Document type: Sale
Year: 1235
Scribe: Pere de Bages
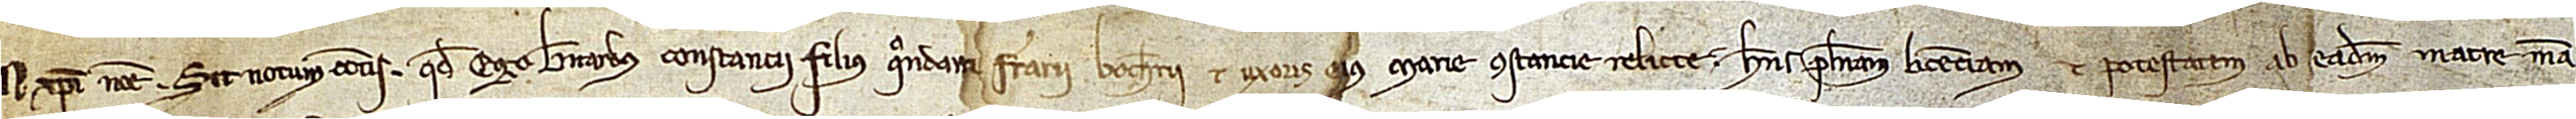
In Christi nomine. Sit notum cunctis quod ego Bernardus Constancii, filius quondam Ferrarii Bocherii et uxoris eius Marie Constancie, relicte, habens plenam licenciam et potestatem ab eadem matre mea